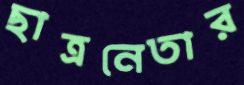
ছাত্রনেতার